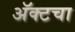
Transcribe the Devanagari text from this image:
अॅक्टचा